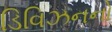
ડિવિઝનનો